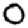
Digit: 0